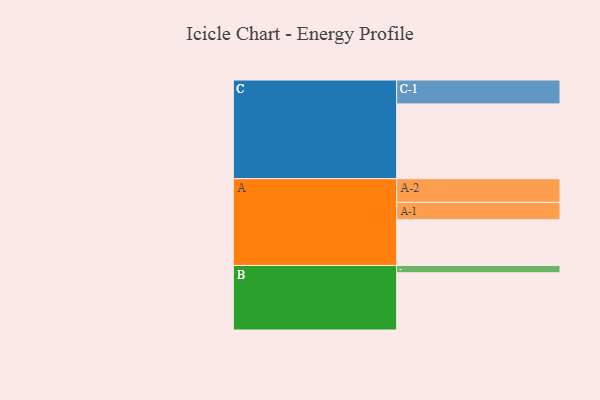
{"axis": {"x": "Segment", "y": "Value"}, "legend": ["", "A", "B", "C"], "data": [{"x": "A", "y": 356, "type": ""}, {"x": "B", "y": 445, "type": ""}, {"x": "C", "y": 582, "type": ""}, {"x": "A-1", "y": 135, "type": "A"}, {"x": "A-2", "y": 184, "type": "A"}, {"x": "B-1", "y": 57, "type": "B"}, {"x": "C-1", "y": 186, "type": "C"}]}